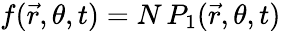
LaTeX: f(\vec{r},\theta,t)=N\, P_{1}(\vec{r},\theta,t)